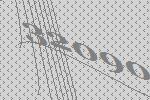
32090